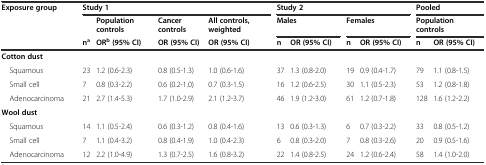
| <ROWSPAN=3> Exposure group | <COLSPAN=4> Study 1 | <COLSPAN=4> Study 2 | <COLSPAN=2> Pooled |
 |  | Population controls | Cancer controls | All controls, weighted | <COLSPAN=2> Males | <COLSPAN=2> Females | <COLSPAN=2> Population controls |
 | na | ORb(95% CI) | OR (95% CI) | OR (95% CI) | n | OR (95% CI) | n | OR (95% CI) | n | OR (95% CI) |
 | --- | --- | --- | --- | --- | --- | --- | --- | --- | --- | --- |
 | Cotton dust |  |  |  |  |  |  |  |  |  |  |
 | Squamous | 23 | 1.2 (0.6-2.3) | 0.8 (0.5-1.3) | 1.0 (0.6-1.6) | 37 | 1.3 (0.8-2.0) | 19 | 0.9 (0.4-1.7) | 79 | 1.1 (0.8-1.5) |
 | Small cell | 7 | 0.8 (0.3-2.2) | 0.6 (0.2-1.0) | 0.7 (0.3-1.5) | 16 | 1.2 (0.6-2.5) | 30 | 1.1 (0.5-2.3) | 53 | 1.2 (0.8-1.8) |
 | Adenocarcinoma | 21 | 2.7 (1.4-5.3) | 1.7 (1.0-2.9) | 2.1 (1.2-3.7) | 46 | 1.9 (1.2-3.0) | 61 | 1.2 (0.7-1.8) | 128 | 1.6 (1.2-2.2) |
 | Wool dust |  |  |  |  |  |  |  |  |  |  |
 | Squamous | 14 | 1.1 (0.5-2.4) | 0.6 (0.3-1.2) | 0.8 (0.4-1.6) | 13 | 0.6 (0.3-1.3) | 6 | 0.7 (0.3-2.2) | 33 | 0.8 (0.5-1.2) |
 | Small cell | 7 | 1.1 (0.4-3.2) | 0.8 (0.4-1.9) | 1.0 (0.4-2.3) | 6 | 0.8 (0.3-2.0) | 7 | 0.8 (0.3-2.6) | 20 | 0.9 (0.5-1.6) |
 | Adenocarcinoma | 12 | 2.2 (1.0-4.9) | 1.3 (0.7-2.5) | 1.6 (0.8-3.2) | 22 | 1.4 (0.8-2.5) | 24 | 1.2 (0.6-2.4) | 58 | 1.4 (1.0-2.0) |